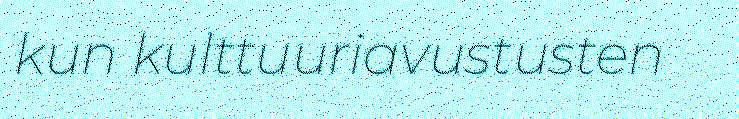
kun kulttuuriavustusten